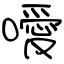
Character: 噯